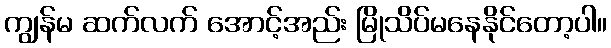
ကျွန်မ ဆက်လက် အောင့်အည်း မြိုသိပ်မနေနိုင်တော့ပါ။